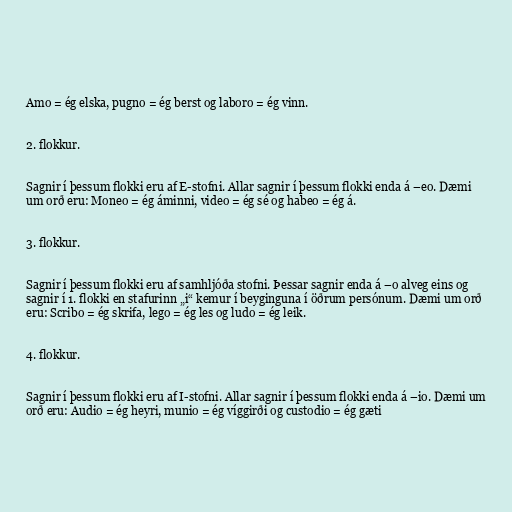
Amo = ég elska, pugno = ég berst og laboro = ég vinn.

2. flokkur.

Sagnir í þessum flokki eru af E-stofni. Allar sagnir í þessum flokki enda á –eo. Dæmi
um orð eru: Moneo = ég áminni, video = ég sé og habeo = ég á.

3. flokkur.

Sagnir í þessum flokki eru af samhljóða stofni. Þessar sagnir enda á –o alveg eins og
sagnir í 1. flokki en stafurinn „i“ kemur í beyginguna í öðrum persónum. Dæmi um orð
eru: Scribo = ég skrifa, lego = ég les og ludo = ég leik.

4. flokkur.

Sagnir í þessum flokki eru af I-stofni. Allar sagnir í þessum flokki enda á –io. Dæmi um
orð eru: Audio = ég heyri, munio = ég víggirði og custodio = ég gæti